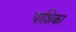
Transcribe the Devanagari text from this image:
पाशिका